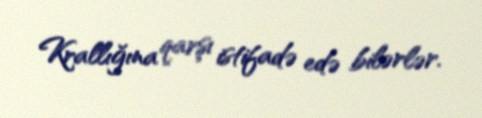
Krallığına qarşı istifadə edə bilərlər.